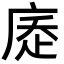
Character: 𢉇